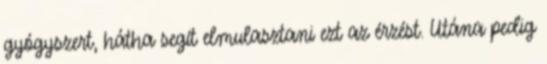
gyógyszert, hátha segít elmulasztani ezt az érzést. Utána pedig